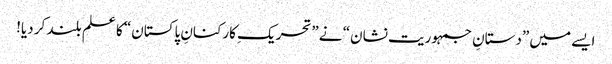
ایسے میں ”دستانِ جمہوریت نشان“ نے ”تحریکِ کارکنانِ پاکستان“ کا علم بلند کر دیا!